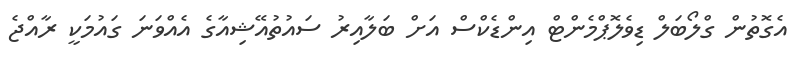
އެގޮތުން ގްލޯބަލް ޑިވެލޮޕްމެންޓް އިންޑެކްސް އަށް ބަލާއިރު ސައުތުއޭޝިއާގެ އެއްވަނަ ގައުމަކީ ރާއްޖެ